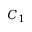
C _ { 1 }